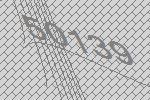
50139